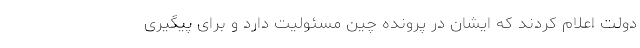
دولت اعلام کردند که ایشان در پرونده چین مسئولیت دارد و برای پیگیری